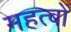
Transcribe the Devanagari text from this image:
महत्वों